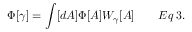
\Phi [ \gamma ] = \int [ d A ] \Phi [ A ] W _ { \gamma } [ A ] \qquad E q \; 3 .